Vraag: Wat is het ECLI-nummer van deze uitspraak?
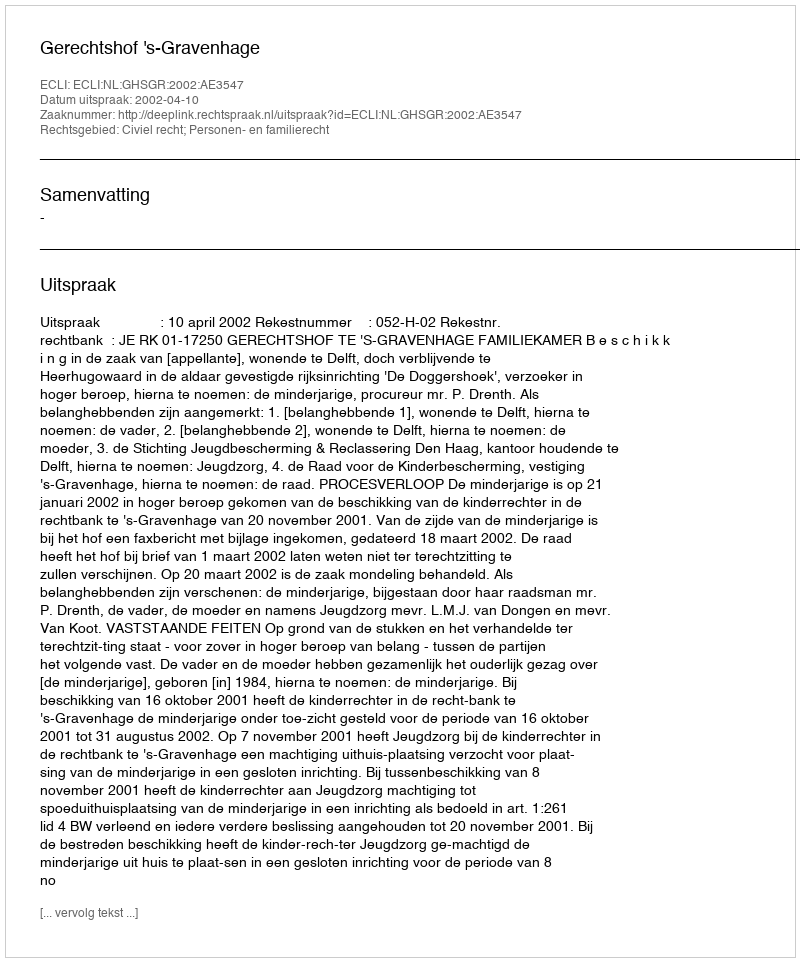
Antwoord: ECLI:NL:GHSGR:2002:AE3547